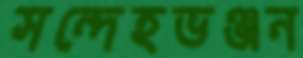
সন্দেহভঞ্জন